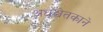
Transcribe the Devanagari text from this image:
अधश्चेतकाने